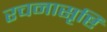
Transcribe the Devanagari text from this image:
रचनासृष्टि